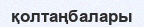
қолтаңбалары